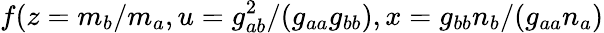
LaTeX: f(z=m_{b}/m_{a},u=g_{ab}^{2}/(g_{aa}g_{bb}),x=g_{bb}n_{b}/(g_{aa}n_{a})